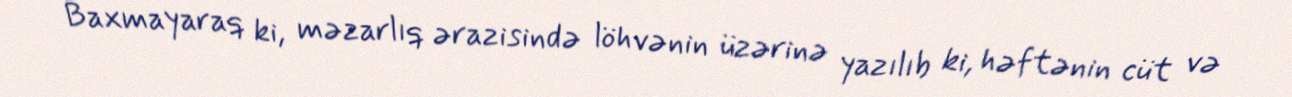
Baxmayaraq ki, məzarlıq ərazisində löhvənin üzərinə yazılıb ki, həftənin cüt və